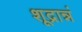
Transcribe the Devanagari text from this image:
शूद्रान्नं